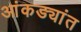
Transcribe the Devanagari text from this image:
आंकड्यांत